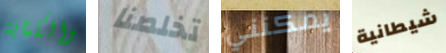
والكتابة تخلصنا يمكنني شيطانية